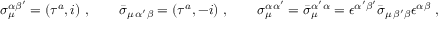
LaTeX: \sigma _ { \mu } ^ { \alpha \beta ^ { \prime } } = ( \tau ^ { a } , i ) \ , \qquad \bar { \sigma } _ { \mu \, \alpha ^ { \prime } \beta } = ( \tau ^ { a } , - i ) \ , \qquad \sigma _ { \mu } ^ { \alpha \alpha ^ { \prime } } = \bar { \sigma } _ { \mu } ^ { \alpha ^ { \prime } \alpha } = \epsilon ^ { \alpha ^ { \prime } \beta ^ { \prime } } \bar { \sigma } _ { \mu \, \beta ^ { \prime } \beta } \epsilon ^ { \alpha \beta } \ ,